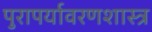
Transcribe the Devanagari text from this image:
पुरापर्यावरणशास्त्र